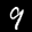
Label: 9